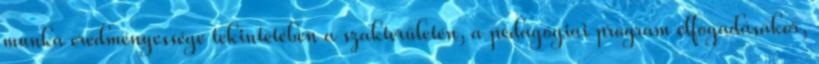
munka eredményessége tekintetében a szakterületén, a pedagógiai program elfogadásakor,